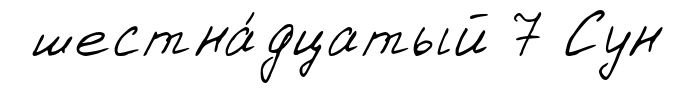
шестна́дцатый 7 Сун